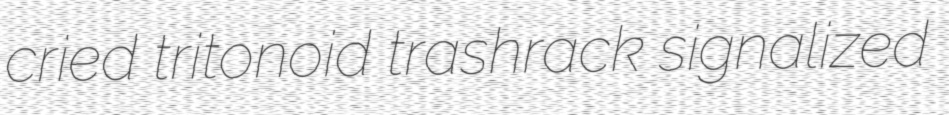
cried tritonoid trashrack signalized